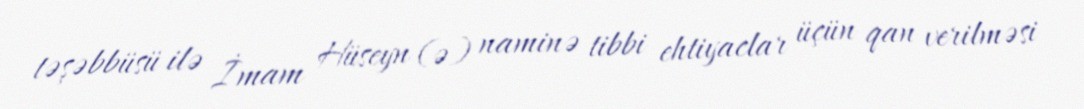
təşəbbüsü ilə İmam Hüseyn (ə) naminə tibbi ehtiyaclar üçün qan verilməsi